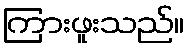
ကြားဖူးသည်။